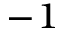
^ { - 1 }